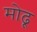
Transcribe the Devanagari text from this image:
मोढू